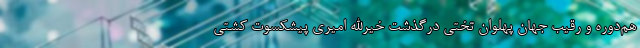
هم‌دوره و رقیب جهان پهلوان تختی درگذشت خیرالله امیری پیشکسوت کشتی